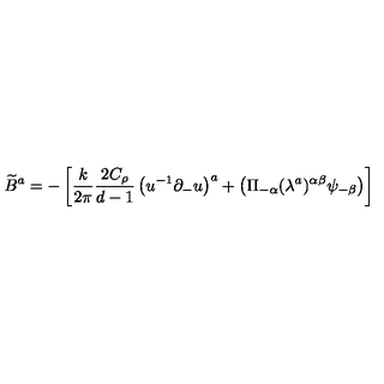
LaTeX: \widetilde { B } ^ { a } = - \left[ \frac { k } { 2 \pi } \frac { 2 C _ { \rho } } { d - 1 } \left( u ^ { - 1 } \partial _ { - } u \right) ^ { a } + \left( \Pi _ { - \alpha } ( \lambda ^ { a } ) ^ { \alpha \beta } \psi _ { - \beta } \right) \right]